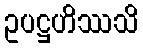
ဥပဋ္ဌဟိဿသိ